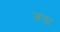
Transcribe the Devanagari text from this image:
अचा